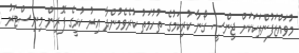
މުވައްޒަފުންތަކަކަށް ޖިންސީ ގޯނާ ކުރިކަމުގެ ތުހުމަތު ކުރެވެމުންދާ އިރު ކުރީގެ ފޮރިން މިނިސްޓަރު